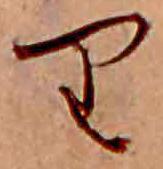
り